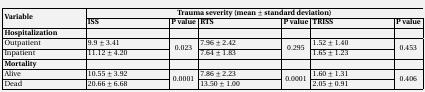
<table><thead><tr><td rowspan="2"><b>Variable </b></td><td colspan="6"><b>Trauma severity (mean ± standard deviation)</b></td></tr><tr><td><b>ISS</b></td><td><b>P value</b></td><td><b>RTS</b></td><td><b>P value</b></td><td><b>TRISS</b></td><td><b>P value</b></td></tr></thead><tbody><tr><td><b>Hospitalization</b></td><td></td><td></td><td></td><td></td><td></td><td></td></tr><tr><td>Outpatient </td><td>9.9 ± 3.41</td><td rowspan="2">0.023</td><td>7.96 ± 2.42</td><td rowspan="2">0.295</td><td>1.52 ± 1.40</td><td rowspan="2">0.453</td></tr><tr><td>Inpatient </td><td>11.12 ± 4.20</td><td>7.64 ± 1.83</td><td>1.65 ± 1.23</td></tr><tr><td><b>Mortality </b></td><td></td><td></td><td></td><td></td><td></td><td></td></tr><tr><td>Alive </td><td>10.55 ± 3.92</td><td rowspan="2">0.0001</td><td>7.86 ± 2.23</td><td rowspan="2">0.0001</td><td>1.60 ± 1.31</td><td rowspan="2">0.406</td></tr><tr><td>Dead </td><td>20.66 ± 6.68</td><td>13.50 ± 1.00</td><td>2.05 ± 0.91</td></tr></tbody></table>